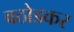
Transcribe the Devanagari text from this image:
वठोडकर